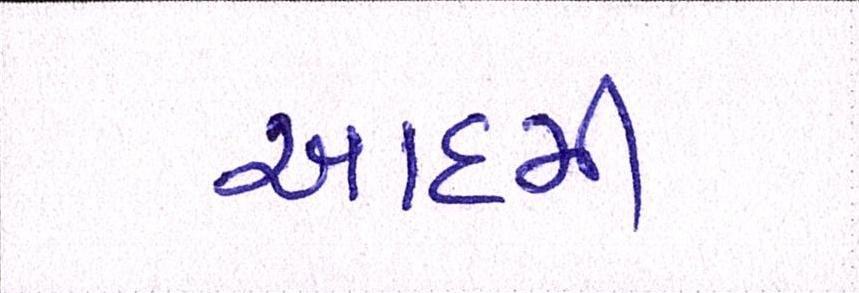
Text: આદમી